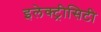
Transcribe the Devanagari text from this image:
इलेक्ट्रीसिटी